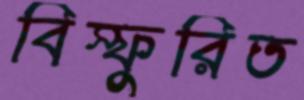
বিস্ফুরিত